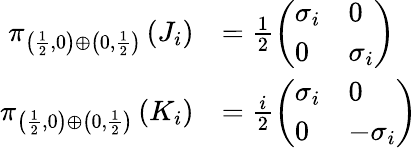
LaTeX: {\begin{array}{rl}{\pi_{\left({\frac{1}{2}},0\right)\oplus\left(0,{\frac{1}{2}}\right)}\left(J_{i}\right)}&{={\frac{1}{2}}{\left(\begin{array}{ll}{\sigma_{i}}&{0}\\ {0}&{\sigma_{i}}\end{array}\right)}}\\ {\pi_{\left({\frac{1}{2}},0\right)\oplus\left(0,{\frac{1}{2}}\right)}\left(K_{i}\right)}&{={\frac{i}{2}}{\left(\begin{array}{ll}{\sigma_{i}}&{0}\\ {0}&{-\sigma_{i}}\end{array}\right)}}\end{array}}